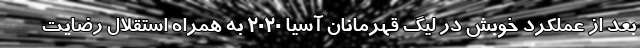
بعد از عملکرد خوبش در لیگ قهرمانان آسیا 2020 به همراه استقلال رضایت